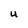
Character: u